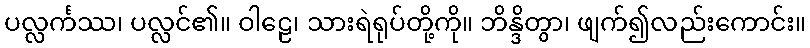
ပလ္လင်္ကဿ၊ ပလ္လင်၏။ ဝါဠေ၊ သားရဲရုပ်တို့ကို။ ဘိန္ဒိတွာ၊ ဖျက်၍လည်းကောင်း။